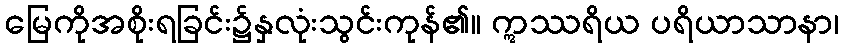
မြေကိုအစိုးရခြင်း၌နှလုံးသွင်းကုန်၏။ ဣဿရိယ ပရိယာသာနာ၊